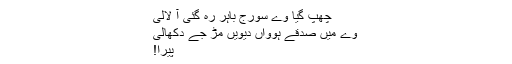
چھپ گیا وے سورج باہر رہ گئی آ لالی
وے میں صدقے ہوواں دیویں مڑ جے دکھالی
پیرا!